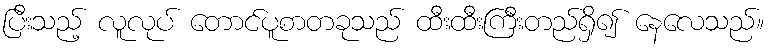
ပြီးသည့် လူလုပ် တောင်ပူစာတခုသည် ထီးထီးကြီးတည်ရှိ၍ နေလေသည်။